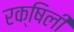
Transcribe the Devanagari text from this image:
रक्षिली